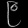
Digit: ၉